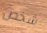
شخص